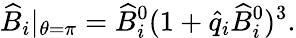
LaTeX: \widehat B_{i}|_{\theta=\pi}={\widehat B}_{i}^{0}(1+\hat{q}_{i}{\widehat B}_{i}^{0})^{3}.